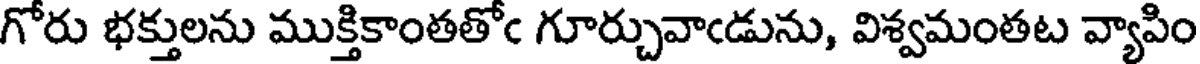
గోరు భక్తులను ముక్తికాంతతోఁ గూర్చువాఁడును, విశ్వమంతట వ్యాపిం